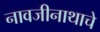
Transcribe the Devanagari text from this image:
नावजीनाथाचे